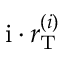
\mathrm { i } \cdot r _ { \mathrm { T } } ^ { \left( i \right) }